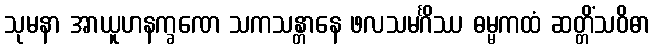
သုမနာ အာယူဟနက္ခဏေ သကသန္တာနေ ဖလသမင်္ဂိဿ ဓမ္မကထံ ဆတ္တိံသဝိဓာ